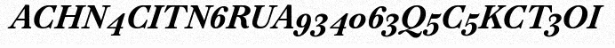
ACHN4CITN6RUA934063Q5C5KCT3OI